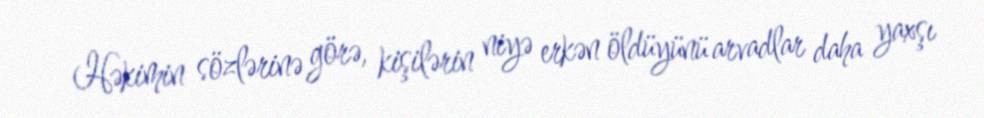
Həkimin sözlərinə görə, kişilərin niyə erkən öldüyünü arvadlar daha yaxşı